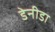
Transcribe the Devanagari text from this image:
डेनीडा